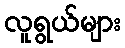
လူရွယ်များ